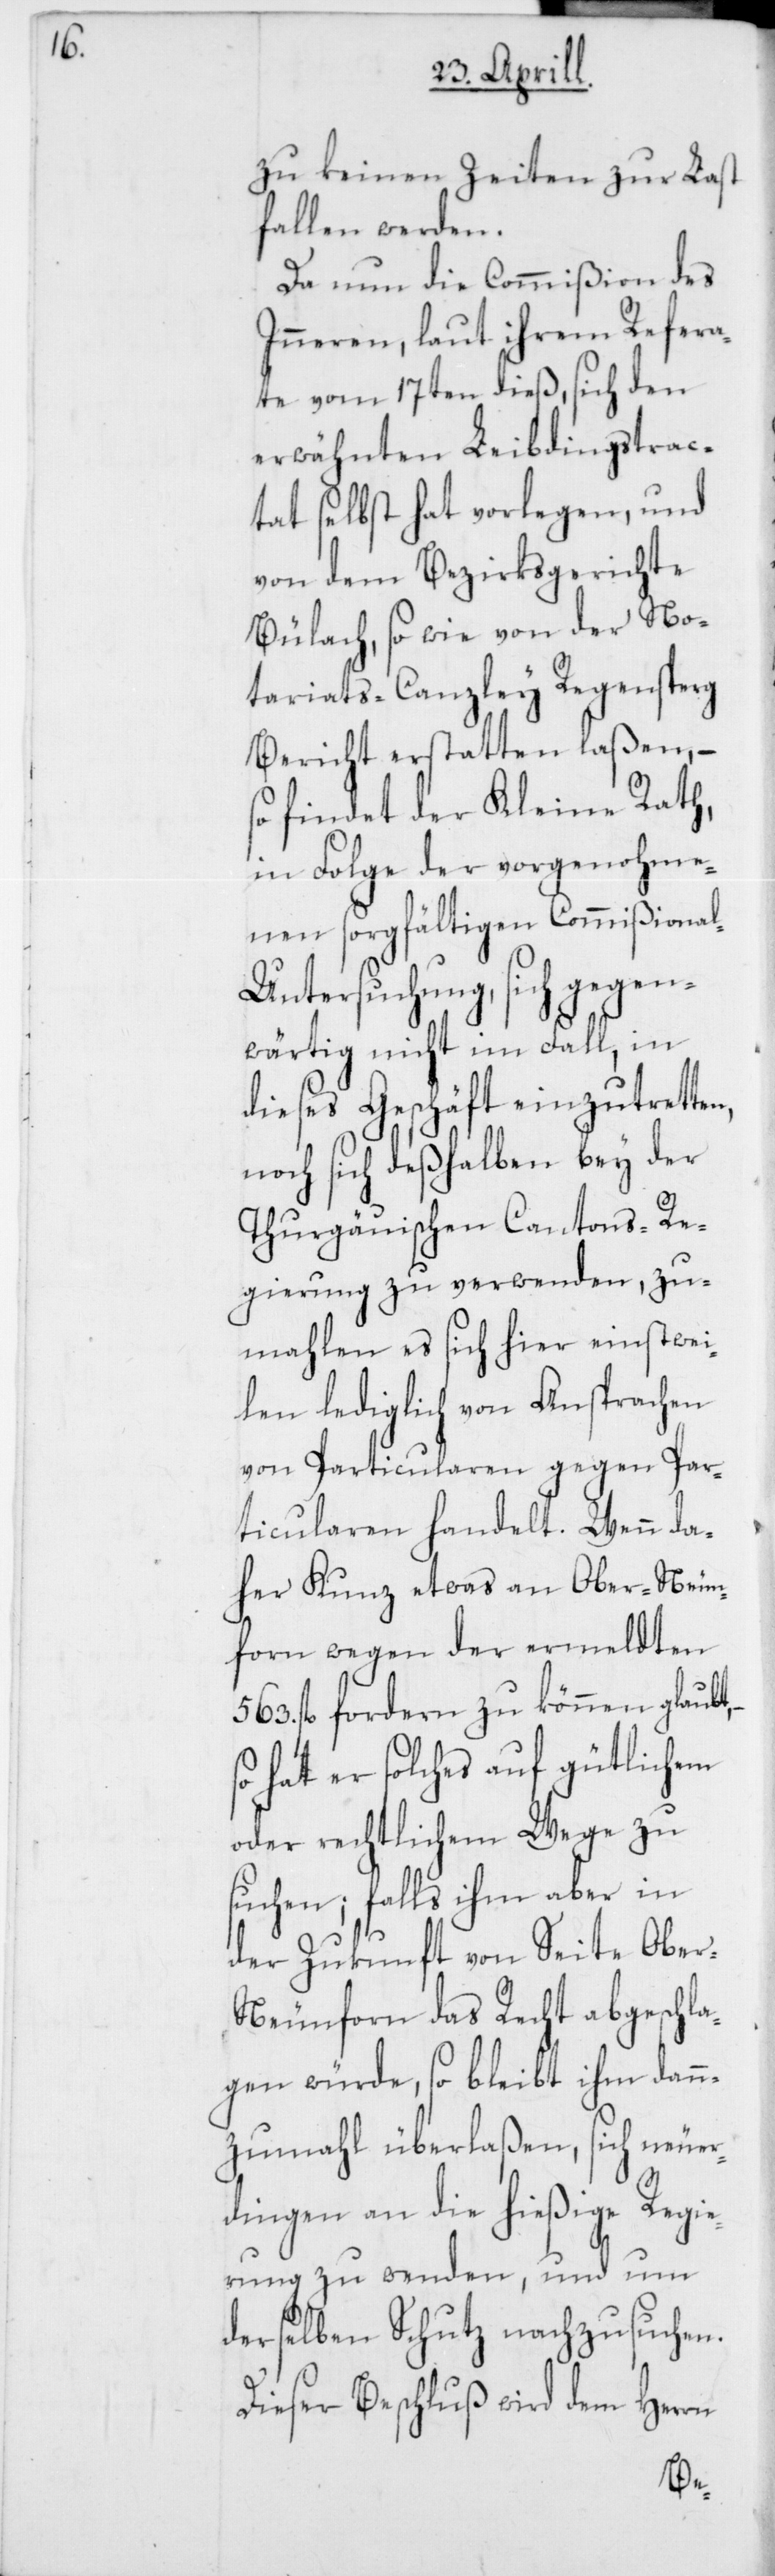
zu keinen Zeiten zur Last
fallen werden.
Da nun die Commißion des
Inneren, laut ihrem Refera¬
te vom 17ten dieß, sich den
erwähnten Leibdingstrac¬
tat selbst hat vorlegen und
von dem Bezirksgerichte
Bülach, so wie von der No¬
tariats-Canzley Regensperg
Bericht erstatten laßen, –
findet der Kleine Rath,
in Folge der vorgenohme¬
nen sorgfältigen Commißiona¬
l-Untersuchung, sich gegen¬
wärtig nicht im Fall, in
dieses Geschäft einzutrette¬
noch sich deßhalben bey der
Thurgauischen Cantons-Re¬
gierung zu verwenden, zu¬
mahlen es sich hier einstwei¬
len lediglich von Ansprachen
von Particularen gegen Par¬
ticularen handelt. Wenn da¬
her Kunz etwas an Ober-Neun¬
forn wegen der ermeldten
fl. forderen zu können glaubt,
so hat er solches auf gütlichem
zu
oder rechtlichem Wege
suchen; falls ihm aber in
der Zukunft von Seite Obe¬
r-Neunforn das Recht abgeschla¬
gen würde, so bleibt ihm dann¬
zumahl überlaßen, sich neuer¬
dingen an die hießige Regie¬
rung zu wenden, und um
derselben Schutz nachzusuchen.
Dieser Beschluß wird dem Herrn